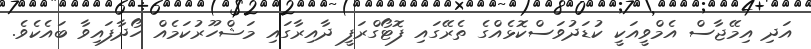
އަދި އިމޭޖާސް އެމްވީއަކީ ކުޑަދުވަސްކޮޅެއްގެ ތެރޭގައި ފޮޓޯގްރަފީ ދާއިރާގައި މަޝްހޫރުކަމެއް ހޯދާފައިވާ ބައެކެވެ.